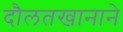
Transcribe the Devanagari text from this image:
दौलतखानाने